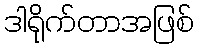
ဒါရိုက်တာအဖြစ်